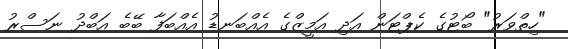
"ހިތްވަރު" ބޯޓުގެ ކެޕްޓަން އަދި އަމީޒްގެ އެއްބަނޑު އެއްބަފާ ބޭބެ އަބްދު ނަސްރު